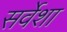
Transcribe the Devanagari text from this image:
सर्वेशा